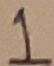
Text: 1